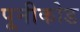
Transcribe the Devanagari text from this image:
पूनीकोड